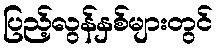
ပြည့်လွန်နှစ်များတွင်